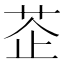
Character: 𦮳